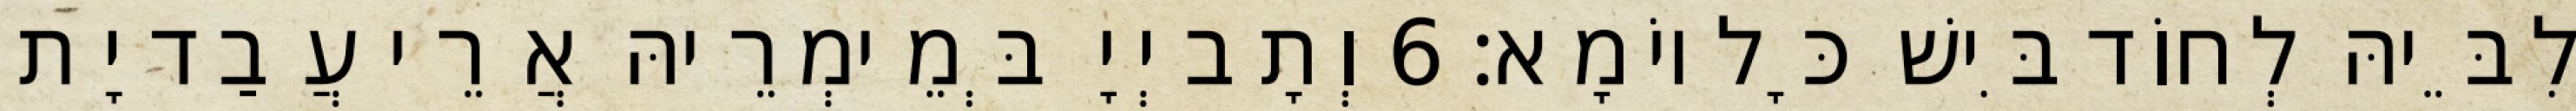
לִבֵּיהּ לְחוֹד בִּישׁ כָּל יוֹמָא׃ 6 וְתָב יְיָ בְּמֵימְרֵיהּ אֲרֵי עֲבַד יָת